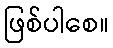
ဖြစ်ပါစေ။